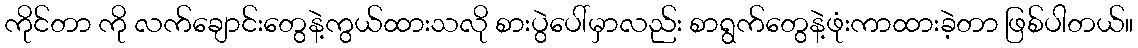
ကိုင်တာ ကို လက်ချောင်းတွေနဲ့ကွယ်ထားသလို စားပွဲပေါ်မှာလည်း စာရွက်တွေနဲ့ဖုံးကာထားခဲ့တာ ဖြစ်ပါတယ်။